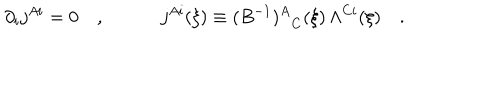
\partial _ { i } j ^ { A i } = 0 \quad , \quad \quad \quad j ^ { A i } ( \xi ) \equiv { ( B ^ { - 1 } ) ^ { A } } _ { C } ( \xi ) \, \Lambda ^ { C i } ( \xi ) \quad .